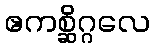
ဧကစ္ဆိဂ္ဂလေ